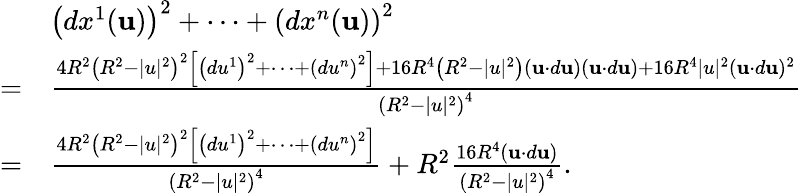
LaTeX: {\begin{array}{rl}&{\left(dx^{1}(\mathbf{u})\right)^{2}+\cdots+\left(dx^{n}(\mathbf{u})\right)^{2}}\\ {=}&{{\frac{4R^{2}\left(R^{2}-|u|^{2}\right)^{2}\left[\left(du^{1}\right)^{2}+\cdots+\left(du^{n}\right)^{2}\right]+16R^{4}\left(R^{2}-|u|^{2}\right)(\mathbf{u}\cdot d\mathbf{u})(\mathbf{u}\cdot d\mathbf{u})+16R^{4}|u|^{2}(\mathbf{u}\cdot d\mathbf{u})^{2}}{\left(R^{2}-|u|^{2}\right)^{4}}}}\\ {=}&{{\frac{4R^{2}\left(R^{2}-|u|^{2}\right)^{2}\left[\left(du^{1}\right)^{2}+\cdots+\left(du^{n}\right)^{2}\right]}{\left(R^{2}-|u|^{2}\right)^{4}}}+R^{2}{\frac{16R^{4}(\mathbf{u}\cdot d\mathbf{u})}{\left(R^{2}-|u|^{2}\right)^{4}}}.}\end{array}}